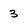
Character: 3